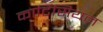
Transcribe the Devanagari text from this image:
कार्टिसियन